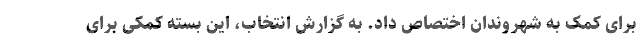
برای کمک به شهروندان اختصاص داد. به گزارش انتخاب، این بسته کمکی برای